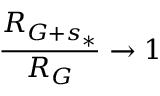
\frac { { R } _ { G + s _ { * } } } { R _ { G } } \rightarrow 1